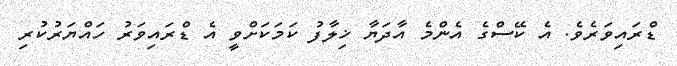
ޑްރައިވަރެވެ. އެ ކޭސްގެ އެންމެ އާދަޔާ ޚިލާފު ކަމަކަށްވީ އެ ޑްރައިވަރު ހައްޔަރުކުރި